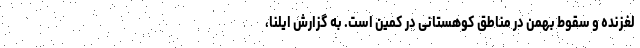
لغزنده و سقوط بهمن در مناطق کوهستانی در کمین است. به گزارش ایلنا،